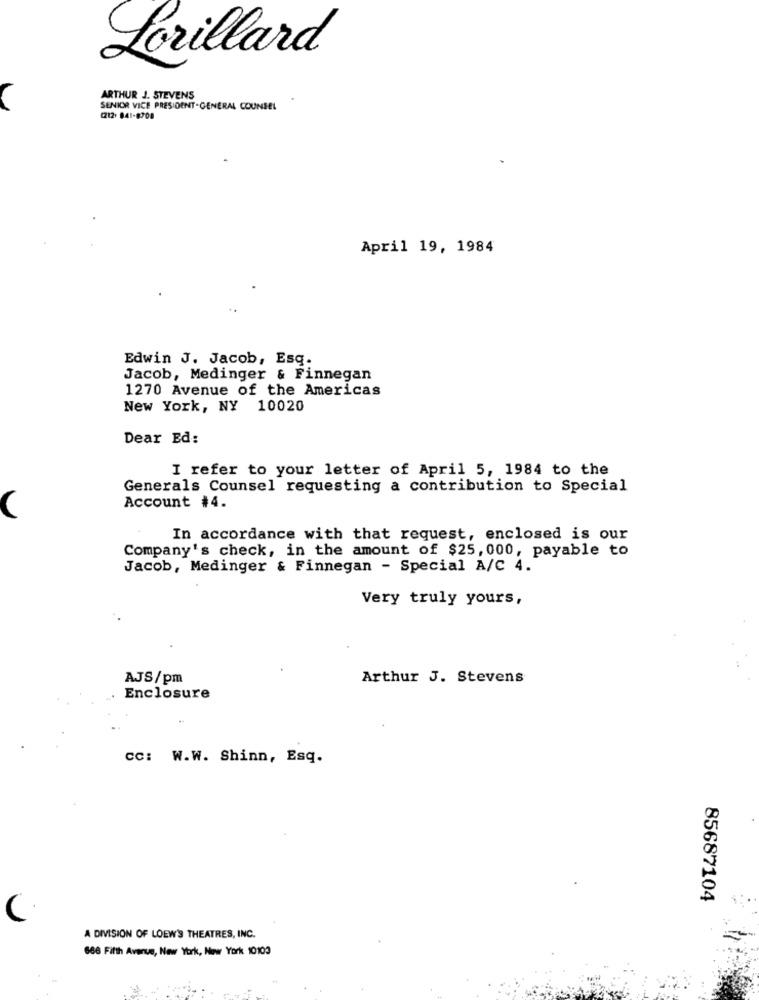
Lorillard
ARTHUR J. STEVENS
SENIOR VICE PRESIDENT-GENERAL COUNSEL
(212) 841-8708
April 19, 1984
Edwin J. Jacob, Esq.
Jacob, Medinger & Finnegan
1270 Avenue of the Americas
New York, NY 10020
Dear Ed:
I refer to your letter of April 5, 1984 to the
Generals Counsel requesting a contribution to Special
Account #4.
In accordance with that request, enclosed is our
Company's check, in the amount of $25, 000, payable to
Jacob, Medinger & Finnegan - Special A/C 4.
Very truly yours,
AJS/pm
Arthur J. Stevens
Enclosure
cc: W.W. Shinn, Esq.
85687104
C
A DIVISION OF LOEW'S THEATRES, INC.
666 Fifth Avenue, New York, New York 10100